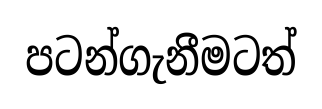
පටන්ගැනීමටත්